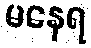
မနေရ